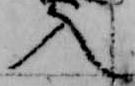
入